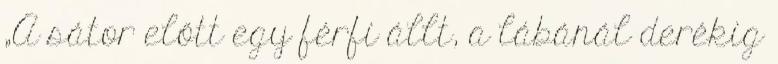
„A sátor előtt egy férfi állt, a lábánál derékig